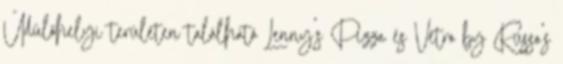
Üdülőhelyi területen található Lenny's Pizza és Vetro by Russo's